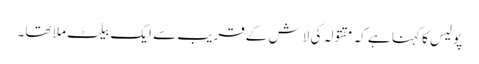
پولیس کا کہنا ہے کہ مقتولہ کی لاش کےقریب سے ایک بیلٹ ملا تھا۔